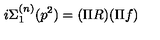
i \Sigma _ { 1 } ^ { ( n ) } ( p ^ { 2 } ) = ( \Pi R ) ( \Pi f )